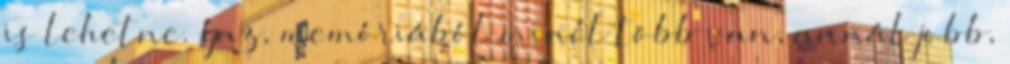
is lehetne. Igaz, memóriából minél több van, annál jobb,